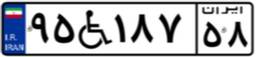
۹۵W۱۸۷۵۸